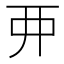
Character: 𫝁